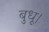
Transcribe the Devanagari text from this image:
बुधू।